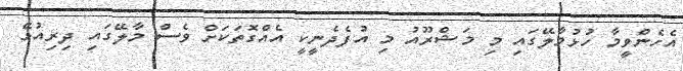
އެހެންވީމާ ހުޅުމާލޭގައި މި މަޝްރޫއު މި އުފެދެނީކީ އެއްގޮތަކަށް ވެސް މާލޭގައި ދިރިއުޅޭ